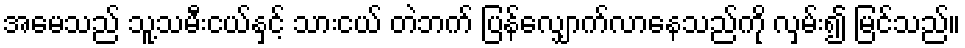
အမေသည် သူ့သမီးငယ်နှင့် သားငယ် တဲဘက် ပြန်လျှောက်လာနေသည်ကို လှမ်း၍ မြင်သည်။